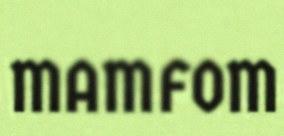
MAMFOM